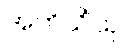
အဘိယိံသု